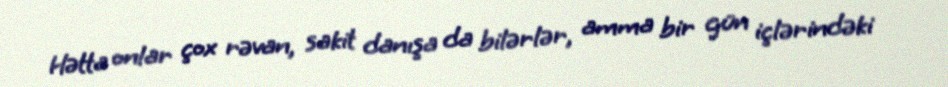
Hətta onlar çox rəvan, sakit danışa da bilərlər, amma bir gün içlərindəki